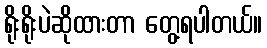
ရိုးရိုးပဲဆိုထားတာ တွေ့ရပါတယ်။